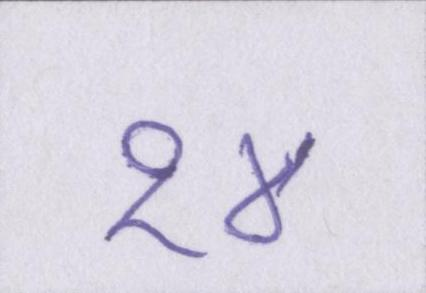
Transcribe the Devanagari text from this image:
१४